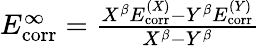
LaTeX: \begin{array}{r}{E_{\mathrm{corr}}^{\infty}=\frac{X^{\beta}E_{\mathrm{corr}}^{(X)}-Y^{\beta}E_{\mathrm{corr}}^{(Y)}}{X^{\beta}-Y^{\beta}}}\end{array}